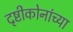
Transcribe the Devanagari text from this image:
दृष्टीकोनांच्या